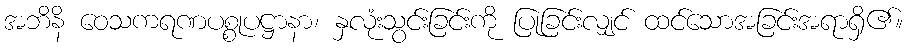
အဘိနိ ဝေသကရဏပစ္စုပဋ္ဌာနာ၊ နှလုံးသွင်းခြင်းကို ပြုခြင်းလျှင် ထင်သောအခြင်းအရာရှိ၏။